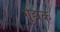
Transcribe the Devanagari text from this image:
गुह्मक